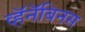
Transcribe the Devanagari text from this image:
व्हॅनॅबिनस